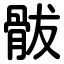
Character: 䯋